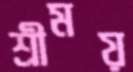
শ্রীময়